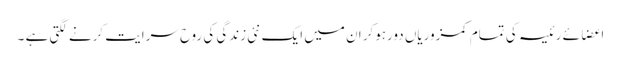
اعضائے رئیسہ کی تمام کمزوریاں دورہوکر ان میں ایک نئی زندگی کی روح سرایت کرنے لگتی ہے ۔